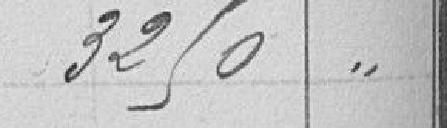
3250